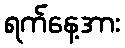
ရက်နေ့အား